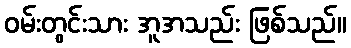
ဝမ်းတွင်းသား အူအသည်း ဖြစ်သည်။